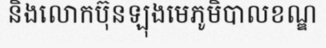
និងលោកប៊ុនឡុងមេភូមិបាលខណ្ឌ